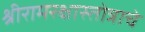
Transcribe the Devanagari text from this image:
श्रीरामरक्षास्तोत्राचे